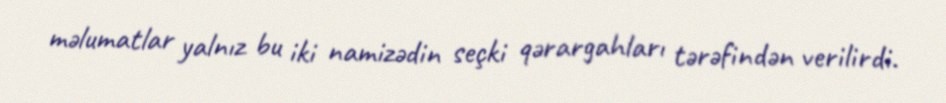
məlumatlar yalnız bu iki namizədin seçki qərargahları tərəfindən verilirdi.